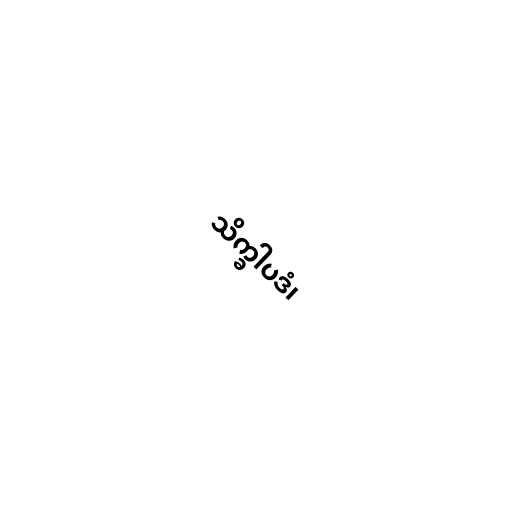
သိက္ခါပဒံ၊